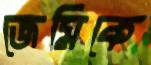
জেমিকে